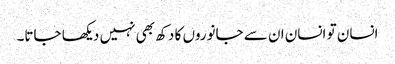
انسان تو انسان ان سے جانوروں کا دکھ بھی نہیں دیکھا جاتا۔